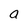
Character: a